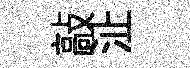
敲沚